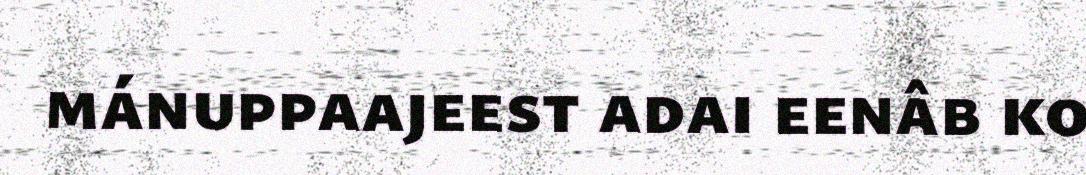
mánuppaajeest adai eenâb ko